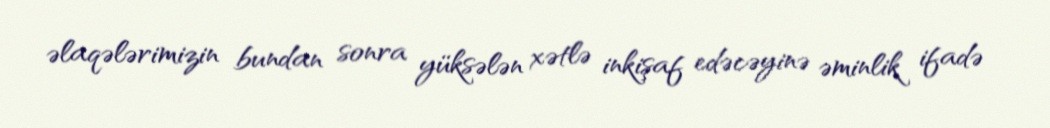
əlaqələrimizin bundan sonra yüksələn xətlə inkişaf edəcəyinə əminlik ifadə